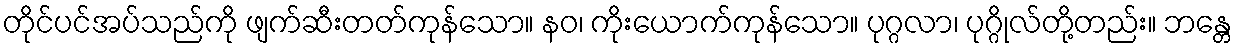
တိုင်ပင်အပ်သည်ကို ဖျက်ဆီးတတ်ကုန်သော။ နဝ၊ ကိုးယောက်ကုန်သော။ ပုဂ္ဂလာ၊ ပုဂ္ဂိုလ်တို့တည်း။ ဘန္တေ